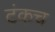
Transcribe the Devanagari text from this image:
टंकच